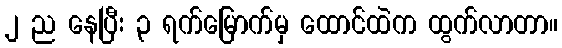
၂ ည နေပြီး ၃ ရက်မြောက်မှ ထောင်ထဲက ထွက်လာတာ။